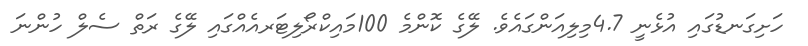
ހަށިގަނޑުގައި އުޅެނީ 4.7މިލިއަންގައެވެ. ލޭގެ ކޮންމެ 100މައިކްރޯލިޓަރއެއްގައި ލޭގެ ރަތް ސެލް ހުންނަ